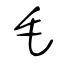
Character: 毛